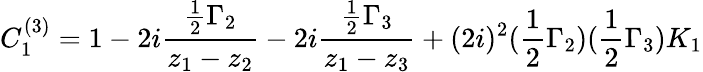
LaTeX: C_{1}^{(3)}=1-2i{\frac{{\frac{1}{2}}\Gamma_{2}}{z_{1}-z_{2}}}-2i{\frac{{\frac{1}{2}}\Gamma_{3}}{z_{1}-z_{3}}}+(2i)^{2}({\frac{1}{2}}\Gamma_{2})({\frac{1}{2}}\Gamma_{3})K_{1}